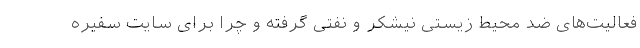
فعالیت‌های ضدِ محیط زیستیِ نیشکر و نفتی گرفته و چرا برای سایت سفیره